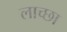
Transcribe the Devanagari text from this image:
लाच्छा